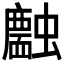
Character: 𧓣